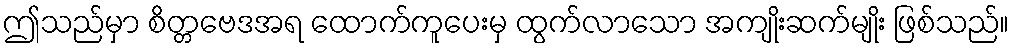
ဤသည်မှာ စိတ္တဗေဒအရ ထောက်ကူပေးမှ ထွက်လာသော အကျိုးဆက်မျိုး ဖြစ်သည်။